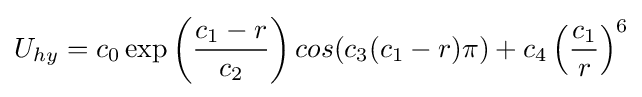
U_{hy}=c_{0}\exp \left({\frac {c_{1}-r}{c_{2}}}\right)cos(c_{3}(c_{1}-r)\pi )+c_{4}\left({\frac {c_{1}}{r}}\right)^{6}